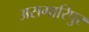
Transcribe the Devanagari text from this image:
असगारिपुर